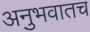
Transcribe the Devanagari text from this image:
अनुभवातच